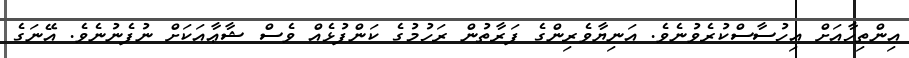
އިންތިހާއަށް އިހުސާސްކުރެވުނެވެ. އަނިޔާވެރިންގެ ފަރާތުން ރަހުމުގެ ކަންފުޅެއް ވެސް ޝާޢާއަކަށް ނުފެނުނެވެ. އޭނަގެ